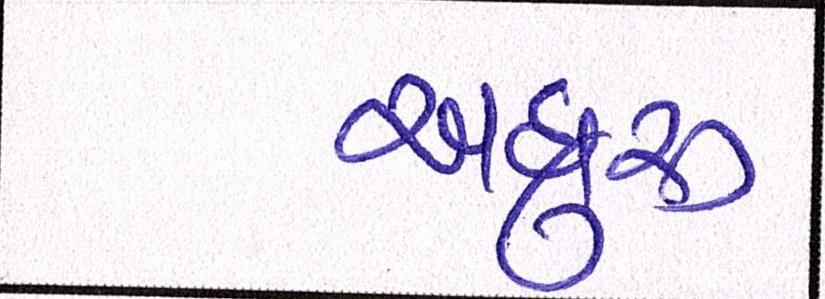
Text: અધુરુ